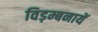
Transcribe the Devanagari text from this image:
विड़म्बनायें